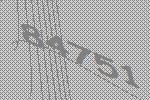
84751